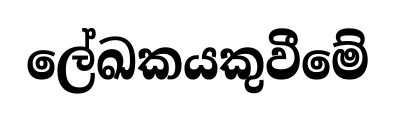
ලේඛකයකුවීමේ